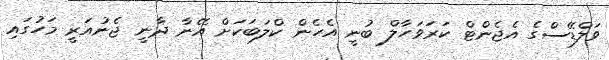
ވަލްޑޭސްގެ އެޖެންޓް ކަރަވަހާލް ބުނީ އެހެން ކްލަބަކަށް އޭނާ ދާނީ ޖެނުއަރީ މަހުގައި